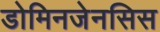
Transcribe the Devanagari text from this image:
डोमिनजेनसिस